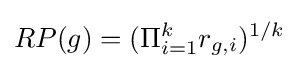
RP(g)=(\Pi _{i=1}^{k}r_{g,i})^{1/k}